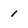
Character: 1